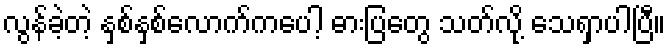
လွန်ခဲ့တဲ့ နှစ်နှစ်လောက်ကပေါ့ ဓားပြတွေ သတ်လို့ သေရှာပါပြီ။